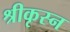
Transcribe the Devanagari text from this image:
श्रीकृस्‍न